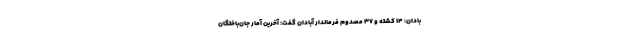
بادان: ۱۴ کشته و ۳۷ مصدوم فرماندار آبادان گفت: آخرین آمار جان‌باختگان